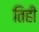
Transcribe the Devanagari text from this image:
तिही